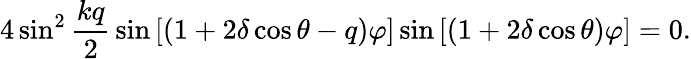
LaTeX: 4\sin^{2}{\frac{kq}{2}}\sin{[(1+2\delta\cos{\theta}-q)\varphi]}\sin{[(1+2\delta\cos{\theta})\varphi]}=0.